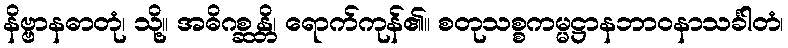
နိဗ္ဗာနဓာတုံ၊ သို့။ အဓိဂစ္ဆန္တိ၊ ရောက်ကုန်၏။ စတုသစ္စကမ္မဋ္ဌာနဘာဝနာသင်္ခါတံ၊